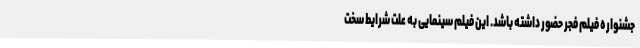
جشنواره فیلم فجر حضور داشته باشد. این فیلم سینمایی به علت شرایط سخت